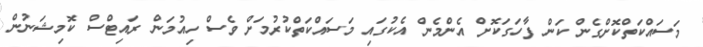
މަސައްކަތްކޮށްގެން ކަން ފާހަގަކޮށް އެންމެން އެކުގައި މަސައްކަތްކުރުމަށް ވެސް ހިއުމަން ރައިޓްސް ކޮމިޝަނުން